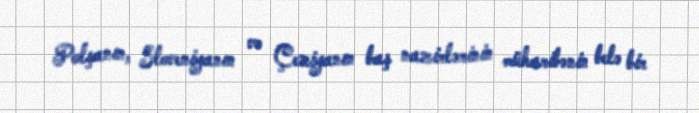
Polşanın, Sloveniyanın və Çexiyanın baş nazirlərinin müharibənin belə bir